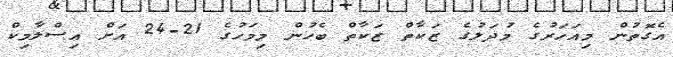
އެގޮތުން މިއަހަރުގެ މުދަލުގެ ޒަކާތް ޒަކާތް ބެހުން މިމަހުގެ 21-24 އަށް އިސްލާމިކް